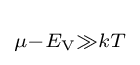
\scriptstyle \mu -E_{\rm {V}}\gg kT